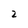
Character: 2